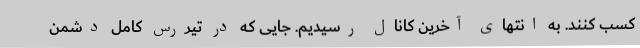
کسب کنند. به انتهای آخرین کانال رسیدیم. جایی که در تیررس کامل دشمن